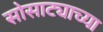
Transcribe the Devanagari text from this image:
सोसाट्याच्या